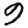
Digit: 9